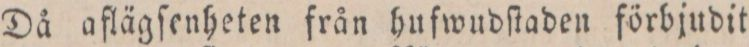
Då aflägſenheten från hufwudſtaden förbjudit